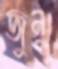
জুনু